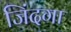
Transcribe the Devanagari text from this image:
जिंदगा